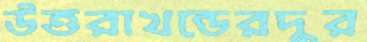
উত্তরাখন্ডেরদুর